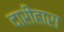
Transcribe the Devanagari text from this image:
दारीहारा